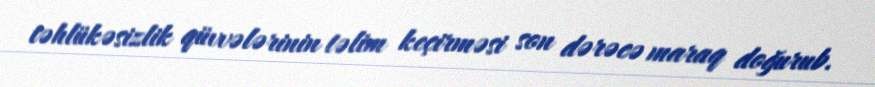
təhlükəsizlik qüvvələrinin təlim keçirməsi son dərəcə maraq doğurub.